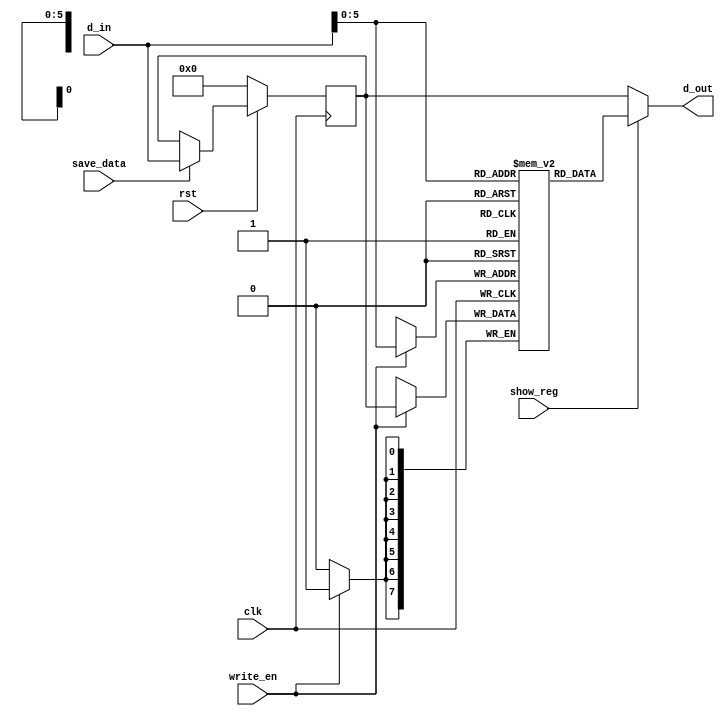
`timescale 1ns / 1ps
//////////////////////////////////////////////////////////////////////////////////
// Company: 
// Engineer: 
// 
// Design Name: 
// Module Name:    memory 
// Project Name: 
// Target Devices: 
// Tool versions: 
// Description: 
//
// Dependencies: 
//
// Revision: 
// Revision 0.01 - File Created
// Additional Comments: 
//
//////////////////////////////////////////////////////////////////////////////////
module memory(
    input clk,
    input rst,
    input write_en,
    input save_data,
    input show_reg,
    input [7:0] d_in,
    output [7:0] d_out
    );
	 
	 reg[7:0] data_reg;
	 reg [7:0] ramdata [0:63];
	 wire[5:0] addr;
	 
	 assign addr = d_in[5:0];
	 
	 always@(posedge clk)
		begin
			if (!rst)
				data_reg <= 8'b00000000;
			else if(save_data)
				data_reg <= d_in;
			if(write_en)
				ramdata[addr] <= data_reg;				
		end
	assign d_out = show_reg ? ramdata[addr] : data_reg;


endmodule